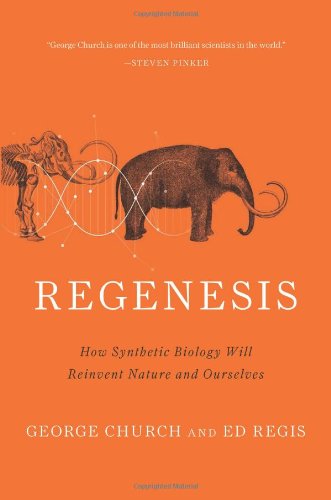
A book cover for Regenesis: How Synthetic Biology Will Reinvent Nature and Ourselves; George M. Church; Engineering & Transportation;